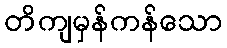
တိကျမှန်ကန်သော